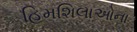
હિમશિલાઓના